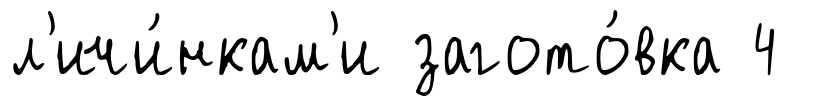
л'ичи́нкам'и загото́вка 4